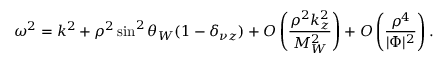
\omega ^ { 2 } = k ^ { 2 } + \rho ^ { 2 } \sin ^ { 2 } \theta _ { W } ( 1 - \delta _ { \nu z } ) + { \cal O } \left( \frac { \rho ^ { 2 } k _ { z } ^ { 2 } } { M _ { W } ^ { 2 } } \right) + { \cal O } \left( \frac { \rho ^ { 4 } } { | \Phi | ^ { 2 } } \right) .